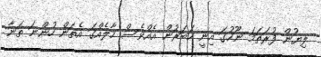
ލިޔުން ފުރަތަމަ ނޫހުގަ އިނީ ހަބަރުން އެެެއްވެސް ހާލެއްގަ އެތަން ހުންނަ ތަނާ